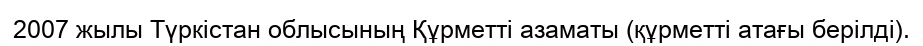
2007 жылы Түркістан облысының Құрметті азаматы (құрметті атағы берілді).